Indian journal of veterinary science and animal husbandry - Volumes 24-25, 1954-1955
Year: 1954
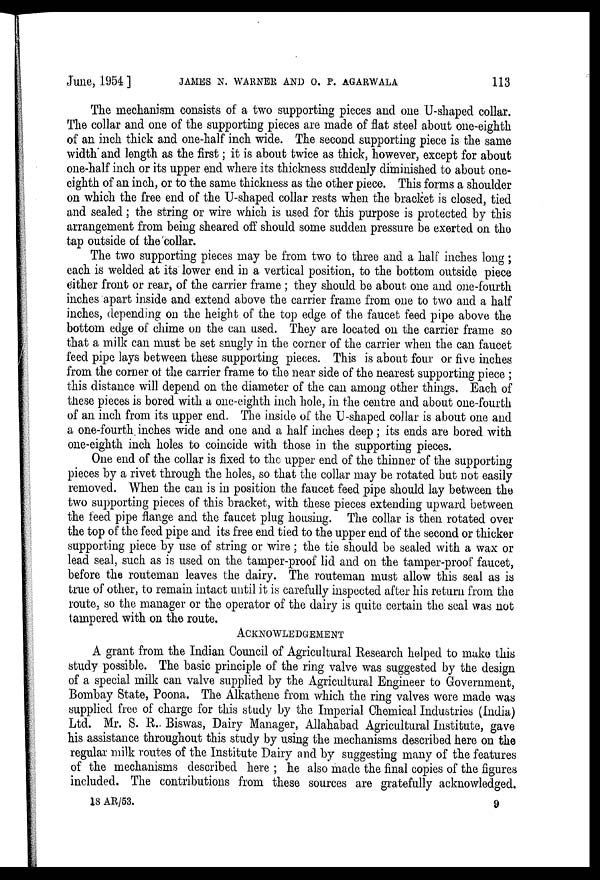
June, 1954] JAMES N. WARNER AND O. P. AGARWALA 113
The mechanism consists of a two supporting pieces and one U-shaped collar.
The collar and one of the supporting pieces are made of flat steel about one-eighth
of an inch thick and one-half inch wide. The second supporting piece is the same
width and length as the first; it is about twice as thick, however, except for about
one-half inch or its upper end where its thickness suddenly diminished to about one-
eighth of an inch, or to the same thickness as the other piece. This forms a shoulder
on which the free end of the U-shaped collar rests when the bracket is closed, tied
and sealed; the string or wire which is used for this purpose is protected by this
arrangement from being sheared off should some sudden pressure be exerted on the
tap outside of the collar.
The two supporting pieces may be from two to three and a half inches long;
each is welded at its lower end in a vertical position, to the bottom outside piece
either front or rear, of the carrier frame; they should be about one and one-fourth
inches apart inside and extend above the carrier frame from one to two and a half
inches, depending on the height of the top edge of the faucet feed pipe above the
bottom edge of chime on the can used. They are located on the carrier frame so
that a milk can must be set snugly in the corner of the carrier when the can faucet
feed pipe lays between these supporting pieces. This is about four or five inches
from the corner of the carrier frame to the near side of the nearest supporting piece;
this distance will depend on the diameter of the can among other things. Each of
these pieces is bored with a one-eighth inch hole, in the centre and about one-fourth
of an inch from its upper end. The inside of the U-shaped collar is about one and
a one-fourth inches wide and one and a half inches deep; its ends are bored with
one-eighth inch holes to coincide with those in the supporting pieces.
One end of the collar is fixed to the upper end of the thinner of the supporting
pieces by a rivet through the holes, so that the collar may be rotated but not easily
removed. When the can is in position the faucet feed pipe should lay between the
two supporting pieces of this bracket, with these pieces extending upward between
the feed pipe flange and the faucet plug housing. The collar is then rotated over
the top of the feed pipe and its free end tied to the upper end of the second or thicker
supporting piece by use of string or wire; the tie should be sealed with a wax or
lead seal, such as is used on the tamper-proof lid and on the tamper-proof faucet,
before the routeman leaves the dairy. The routeman must allow this seal as is
true of other, to remain intact until it is carefully inspected after his return from the
route, so the manager or the operator of the dairy is quite certain the seal was not
tampered with on the route.
ACKNOWLEDGEMENT
A grant from the Indian Council of Agricultural Research helped to make this
study possible. The basic principle of the ring valve was suggested by the design
of a special milk can valve supplied by the Agricultural Engineer to Government,
Bombay State, Poona. The Alkathene from which the ring valves were made was
supplied free of charge for this study by the Imperial Chemical Industries (India)
Ltd. Mr. S. R. Biswas, Dairy Manager, Allahabad Agricultural Institute, gave
his assistance throughout this study by using the mechanisms described here on the
regular milk routes of the Institute Dairy and by suggesting many of the features
of the mechanisms described here; he also made the final copies of the figures
included. The contributions from these sources are gratefully acknowledged.
18 AR/53.
9